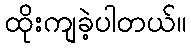
ထိုးကျခဲ့ပါတယ်။